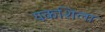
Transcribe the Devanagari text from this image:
यकशिला